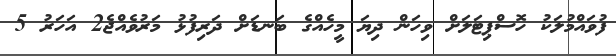
ފުވައްމުލަކު ހޮސްޕިޓަލަށް ވިހަން ދިޔަ މީހެއްގެ ބަނޑަށް ދަރިފުޅު މަރުވެއްޖެ2 އަހަރު 5